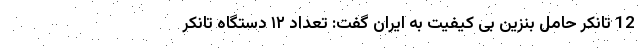
12 تانکر حامل بنزین بی کیفیت به ایران گفت: تعداد ۱۲ دستگاه تانکر